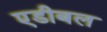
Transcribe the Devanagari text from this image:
एडीबल